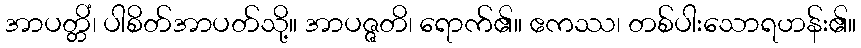
အာပတ္တိံ၊ ပါစိတ်အာပတ်သို့။ အာပဇ္ဇတိ၊ ရောက်၏။ ဧကဿ၊ တစ်ပါးသောရဟန်း၏။